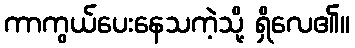
ကာကွယ်ပေးနေသကဲ့သို့ ရှိလေ၏။